Annual administration report of the Bombay Presidency - 1887-1892
Year: 1887
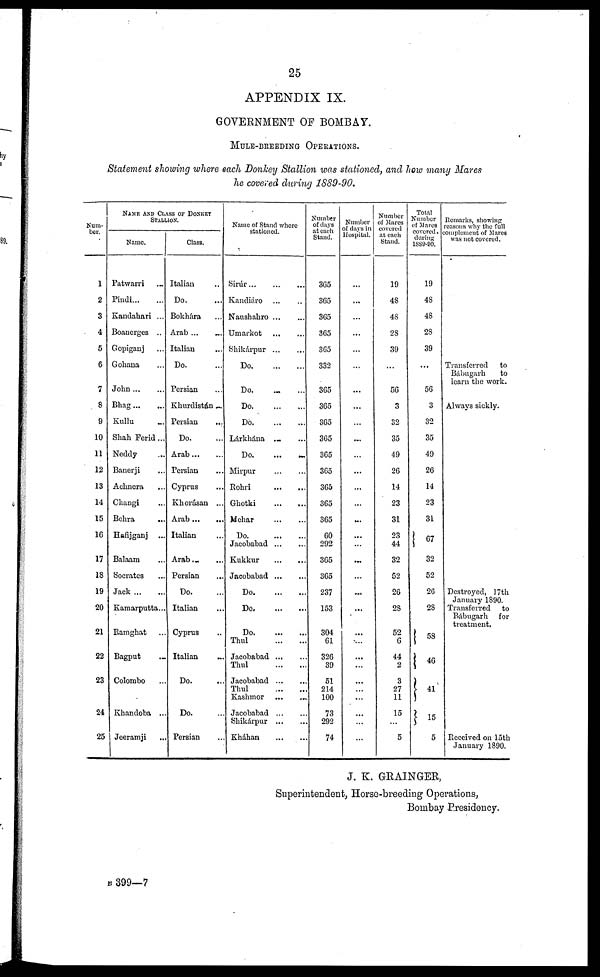
25
APPENDIX IX.
GOVERNMENT OF BOMBAY.
MULE-BREEDING OPERATIONS.
Statement showing where each Donkey Stallion was stationed, and how many Mares
he covered during 1889-90.
Num-
ber.
1
2
3
4
5
6
7
8
9
10
11
12
13
14
15
16
17
18
19
20
21
22
23
24
25
NAME AND CLASS OF DONKEY
STALLION.
Name.
Patwarri ...
Pindi...
...
Kandahari ...
Boanerges ..
Gopiganj ...
Gohana ...
John ... ...
Bhag...
...
Kullu ...
Shah Ferid ...
Neddy
Banerji ...
Achnera ...
Changi ...
Behra ..
Hafijganj ...
Balaam ...
Socrates ...
Jack
...
Kamarputta...
Bamghat ...
Bagput ...
Colombo
Khandoba ...
Jeeramji ...
Class.
Italian ...
Do. ...
Bokhara ...
Arab ... ...
Italian ...
Do. ...
Persian ...
Khurdistan ...
Persian
...
Do. ...
Arab
...
Persian ...
Cyprus ...
Khorásan ...
Arab
...
Italian ...
Arab... ...
Persian ...
Do. ...
Italian ...
Cyprus ...
Italian ...
Do. ...
Do. ...
Persian ...
Name of Stand where
stationed.
Sirúr
...
...
...
Kandiáro
...
...
Naushahro ... ...
Umarkot
...
...
Shikárpur
...
...
Do.
...
...
Do. ... ...
Do.
...
...
Do.
...
...
Lárkhána ... ...
Do.
...
...
Mirpur ... ...
Rohri
...
...
Ghotki
...
...
Mehar
...
...
Do..
...
...
Jacobabad
...
...
Kukkur
...
...
Jacobabad
...
...
Do.
...
...
Do.
...
...
Do.
...
...
Thul
...
...
Jacobabad ... ...
Thul
...
...
Jacobabad ... ...
Thul
...
...
Kashmor ... ...
Jacobabad ... ...
Shikárpur
...
...
Kháhan
...
...
Number
of days
at each
Stand.
365
365
365
365
365
332
365
365
365
365
365
365
365
365
365
60
292
365
365
237
153
304
61
326
39
51
214
100
73
292
74
Number
of days in
Hospital.
...
...
...
...
...
...
...
...
...
...
...
...
...
...
...
...
...
...
...
...
...
...
...
...
...
...
...
...
...
...
...
Number
of Mares
covered
at each
Stand.
19
48
48
28
39
...
56
3
32
35
49
26
14
23
31
23
44
32
52
26
28
52
6
44
2
3
27
11
15
...
5
Total
Number
of Mares
covered
during
1889-90.
19
48
48
28
39
...
56
3
32
35
49
26
14
23
31
67
32
52
20
28
58
46
41
15
5
Remarks, showing
reasons why the full
complement of Mares
was not covered.
Transferred
to
Bábugarh
to
learn the work.
Always sickly.
Destroyed, 17th
January 1890.
Transferred
to
Bábugarh for
treatment.
Received on 15th
January 1890.
J. K. GRAINGER,
Superintendent, Horse-breeding Operations,
Bombay Presidency.
B 399—7